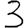
Digit: 3